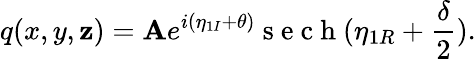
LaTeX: q(x,y,\mathbf{z})=\mathbf{A}e^{i(\eta_{1I}+\theta)}\mathrm{{~s~e~c~h~}}(\eta_{1R}+\frac{{\delta}}{{2}}).